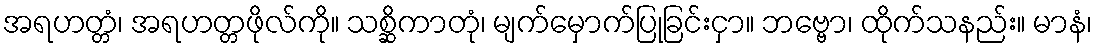
အရဟတ္တံ၊ အရဟတ္တဖိုလ်ကို။ သစ္ဆိကာတုံ၊ မျက်မှောက်ပြုခြင်းငှာ။ ဘဗ္ဗော၊ ထိုက်သနည်း။ မာနံ၊